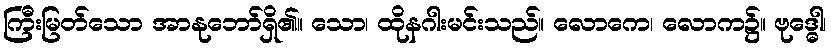
ကြီးမြတ်သော အာနုဘော်ရှိ၏။ သော၊ ထိုနဂါးမင်းသည်။ လောကေ၊ လောက၌။ ဗုဒ္ဓေါ၊